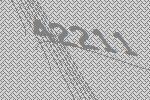
42211